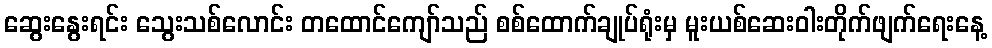
ဆွေးနွေးရင်း သွေးသစ်လောင်း တထောင်ကျော်သည် စစ်ထောက်ချုပ်ရုံးမှ မူးယစ်ဆေးဝါးတိုက်ဖျက်ရေးနေ့